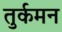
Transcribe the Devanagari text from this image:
तुर्कमन